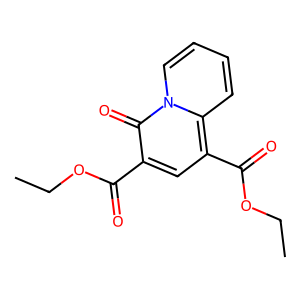
SMILES: CCOC(=O)c1cc(C(=O)OCC)c2ccccn2c1=O
Inhibits HIV replication: No